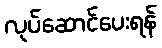
လုပ်ဆောင်ပေးရန်